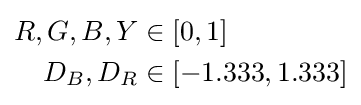
{\begin{aligned}R,G,B,Y&\in \left[0,1\right]\\D_{B},D_{R}&\in \left[-1.333,1.333\right]\end{aligned}}